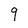
Character: 9